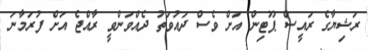
ރަޝިޔާގެ ރައީސް ޕޫޓިން އަށް ވެސް ދައުވަތު ދެއްވަންވީ ރާއްޖެ އަށް ފުރަމާނަ